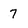
Character: 7